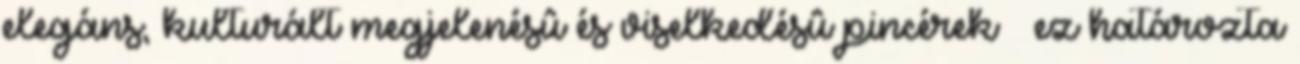
elegáns, kulturált megjelenésû és viselkedésû pincérek – ez határozta